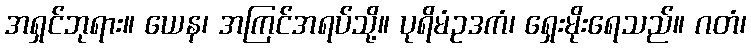
အရှင်ဘုရား။ ယေန၊ အကြင်အရပ်သို့။ ပုရိမံဥဒကံ၊ ရှေးမိုးရေသည်။ ဂတံ၊